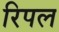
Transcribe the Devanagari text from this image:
रिपल